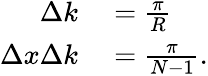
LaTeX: \begin{array}{rl}{\Delta k}&{{}=\frac{\pi}{R}}\\ {\Delta x\Delta k}&{{}=\frac{\pi}{N-1}.}\end{array}